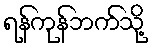
ရန်ကုန်ဘက်သို့